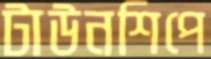
টাউনশিপে